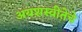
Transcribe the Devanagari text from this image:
अयशस्वीतेचे